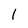
Character: 1